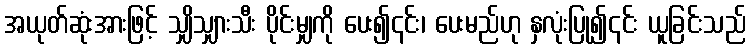
အယုတ်ဆုံးအားဖြင့် သျှိသျှားသီး ပိုင်းမျှကို ပေး၍၎င်း၊ ပေးမည်ဟု နှလုံးပြု၍၎င်း ယူခြင်းသည်